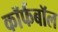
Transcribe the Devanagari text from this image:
कॉर्फबॉल